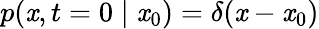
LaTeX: p(\mathit{x},t={0}\mid\mathit{x}_{0})=\delta(\mathit{x}-\mathit{x}_{0})